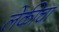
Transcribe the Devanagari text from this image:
लेकीचा